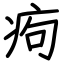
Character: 痀